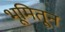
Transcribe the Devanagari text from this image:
भूमितून